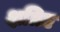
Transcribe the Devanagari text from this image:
क्षत्रिए